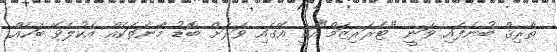
ތާރިޤް ބުނެފައި ވަނީ "ޓެރަރިޒަމް"އަކީ އޭގައި ވަރަށް ބޮޑު މާނަތަކެއް އެކުލެވޭ ބަހެއް